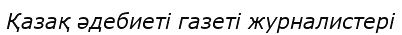
Қазақ әдебиеті газеті журналистері